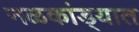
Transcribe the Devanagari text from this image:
नळकांड्यात